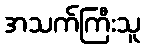
အသက်ကြီးသူ